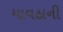
માવઠાની